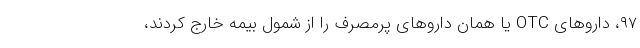
۹۷، داروهای OTC یا همان داروهای پرمصرف را از شمول بیمه خارج کردند،